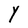
Character: Y